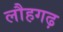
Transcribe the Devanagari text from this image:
लौहगढ़